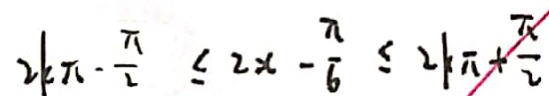
2 k \pi - \frac { \pi } { 2 } \leq 2 x - \frac { \pi } { 6 } \leq 2 k x + \frac { \pi } { 2 }